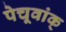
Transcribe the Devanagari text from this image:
पेचूवांक्